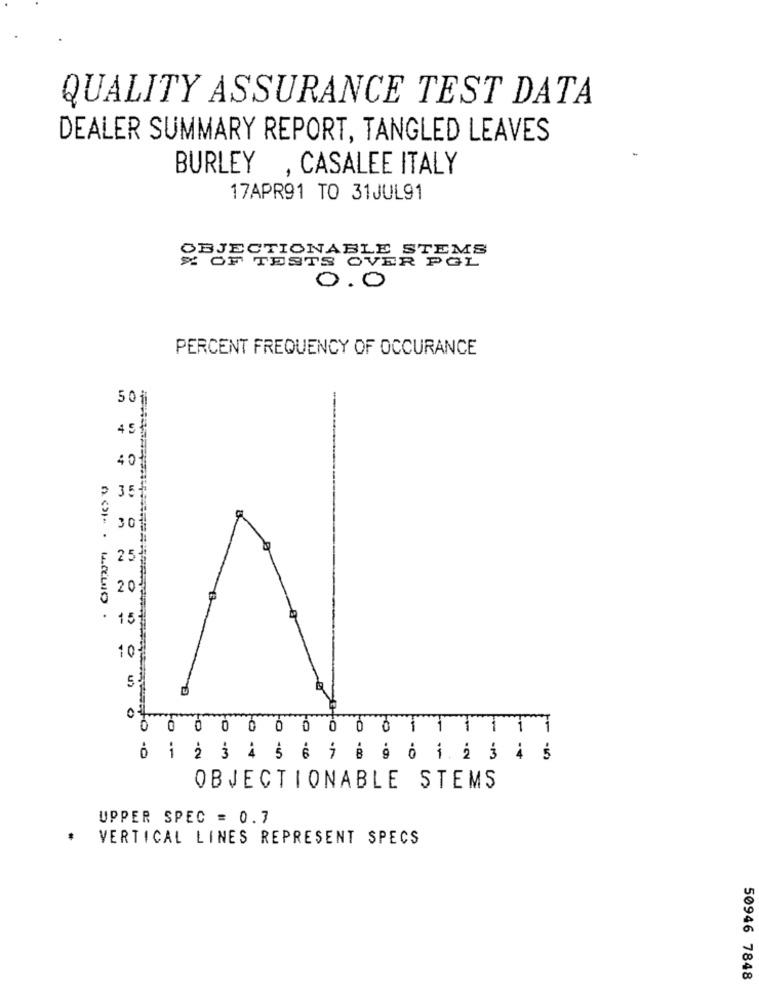
QUALITY ASSURANCE TEST DATA
DEALER SUMMARY REPORT, TANGLED LEAVES
BURLEY , CASALEE ITALY
17APR91 TO 31JUL91
TEMS
SELECTIONABL
TESTS OVER POL
0.0
PERCENT FREQUENCY OF OCCURANCE
501
45
40
35
30
25
20
15
10
5
0 0 0 0 0 0 0 0 0 1 1 1 1 1 1
6 1 2 3 4 5 6 7 8 9 6 1.2 3 4 5
OBJECTIONABLE STEMS
UPPER SPEC = 0.7
VERTICAL LINES REPRESENT SPECS
50946 7848